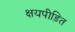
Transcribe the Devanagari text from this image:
क्षयपीड़ित